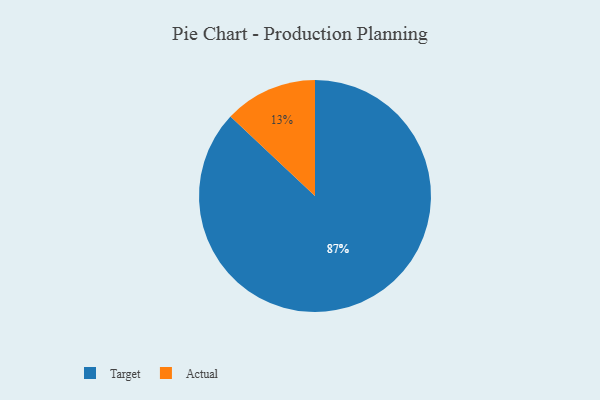
{"axis": {"x": "Category", "y": "Percentage"}, "legend": ["Actual", "Target"], "data": [{"x": "Actual", "y": 13, "type": "Actual"}, {"x": "Target", "y": 87, "type": "Target"}]}